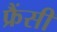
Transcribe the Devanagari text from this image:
फ्रैंसी